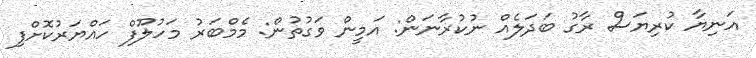
އަނިޔާ ކުރިޔަސް ރާގު ބަދަލެއް ނުކުރާނަން: އަމީން ވަގުތުން: މެމްބަރު މަހުލޫފް ހައްޔަރުކޮށްފި